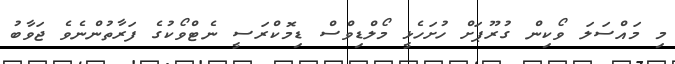
މި މައްސަލަ ވޯކިން ގުރޫޕަށް ހުށަހެޅީ މޯލްޑިވްސް ޑިމޮކްރަސީ ނެޓްވޯކުގެ ފަރާތުންނެވެ ޖަވާބު